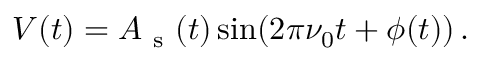
V ( t ) = A _ { \mathrm { ~ s ~ } } ( t ) \sin ( 2 \pi \nu _ { 0 } t + \phi ( t ) ) \, .